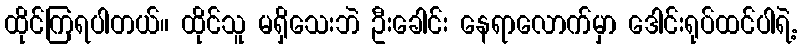
ထိုင်ကြရပါတယ်။ ထိုင်သူ မရှိသေးဘဲ ဦးခေါင်း နေရာလောက်မှာ ဒေါင်းရုပ်ထင်ပါရဲ့.